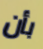
بأن